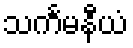
သင်္ကမနီယံ